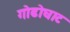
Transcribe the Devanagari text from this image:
गोढोघाट